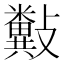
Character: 𣀲